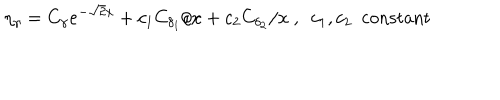
\eta _ { \gamma } = C _ { \gamma } e ^ { - \sqrt { 2 } x } + c _ { 1 } C _ { \delta _ { 1 } } / x + c _ { 2 } C _ { \delta _ { 2 } } / x \ , \ \ c _ { 1 } , c _ { 2 } \ \ \mathrm { c o n s t a n t }